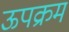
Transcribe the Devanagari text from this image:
ऊपक्रम